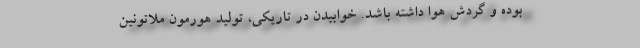
بوده و گردش هوا داشته باشد. خوابیدن در تاریکی، تولید هورمون ملاتونین